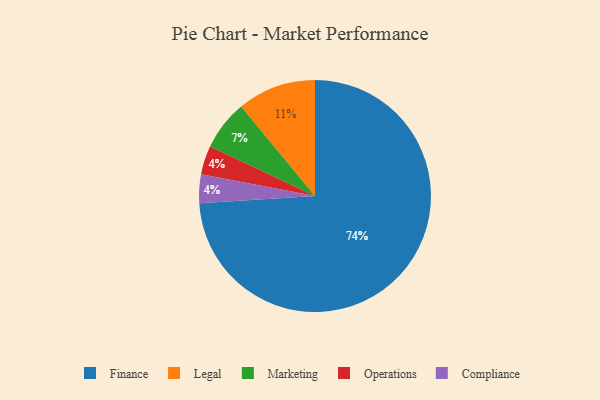
{"axis": {"x": "Category", "y": "Percentage"}, "legend": ["Compliance", "Finance", "Legal", "Marketing", "Operations"], "data": [{"x": "Legal", "y": 11, "type": "Legal"}, {"x": "Operations", "y": 4, "type": "Operations"}, {"x": "Finance", "y": 74, "type": "Finance"}, {"x": "Compliance", "y": 4, "type": "Compliance"}, {"x": "Marketing", "y": 7, "type": "Marketing"}]}